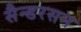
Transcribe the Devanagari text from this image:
सैन्डरसन